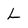
Character: L